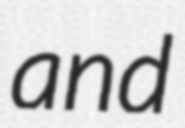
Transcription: and